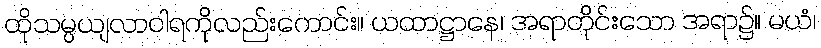
ထိုသမ္ပယျလာဝါရကိုလည်းကောင်း။ ယထာဋ္ဌာနေ၊ အရာတိုင်းသော အရာ၌။ မယံ၊